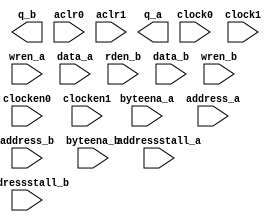
module altsyncram
  #(
    //----------------------------------------------------------------------
    parameter intended_device_family = "Stratix",
	parameter operation_mode = "DUAL_PORT",
    parameter lpm_type = "altsyncram",
    parameter read_during_write_mode_mixed_ports = "DONT_CARE",
    parameter power_up_uninitialized = "TRUE",
    parameter byte_size = 8,
    parameter width_byteena_a = 4,
    parameter numwords_a = 128,
    parameter numwords_b = 128,
    parameter width_a = 32,     // Data Width in bits
    parameter width_b = 32,     // Data Width in bits
    parameter widthad_a = 7,     // Address Width in bits
    parameter widthad_b = 7,     // Address Width in bits
    parameter address_reg_b = "CLOCK0",
    parameter outdata_reg_b = 0,
    parameter indata_aclr_a = "NONE",
    parameter wrcontrol_aclr_a = "NONE",
    parameter address_aclr_a = "NONE",
    parameter address_aclr_b = "NONE",
    parameter outdata_aclr_b = "NONE",
    parameter outdata_reg_a = "NONE",
    parameter outdata_aclr_a = "NONE",
    parameter lpm_hint = "NONE"

    //----------------------------------------------------------------------
    ) (
    input clock0,
	input clock1,
    input wren_a,
    input [width_byteena_a-1:0] byteena_a,
    input [width_a-1:0] data_a,
    input [widthad_a-1:0] address_a,
    output [width_b-1:0] q_b,
    input [widthad_b-1:0] address_b,
    input aclr0,
    input aclr1,
    input byteena_b,
    input rden_b,
    input data_b,
    input wren_b,
    output q_a,
    input clocken0,
    input clocken1,
    input addressstall_a,
    input addressstall_b
       );
endmodule